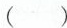
( )